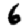
Digit: 6